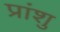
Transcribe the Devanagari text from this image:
प्रांशु